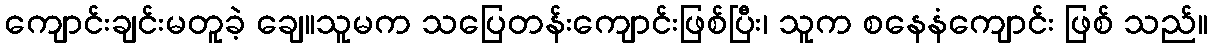
ကျောင်းချင်းမတူခဲ့ ချေ။သူမက သပြေတန်းကျောင်းဖြစ်ပြီး၊ သူက စနေနံကျောင်း ဖြစ် သည်။